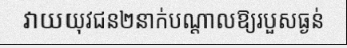
វាយយុវជន២នាក់បណ្តាលឱ្យរបួសធ្ងន់